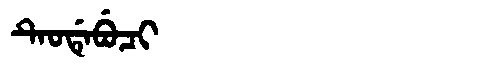
Manchu: ᡨᡝᠣᡩᡝᠪᡠᠴᡳ
Romanization: TEODEBUCI